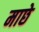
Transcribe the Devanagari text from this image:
माछे